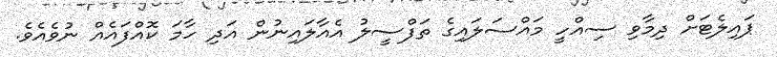
ޕައިލެޓަށް ދިމާވި ސިއްހީ މައްސަލައިގެ ތަފްސީލު އެއާލައިނުން އަދި ހާމަ ކޮއްފައެއް ނުވެއެވެ.